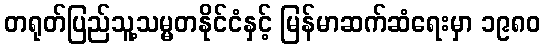
တရုတ်ပြည်သူ့သမ္မတနိုင်ငံနှင့် မြန်မာဆက်ဆံရေးမှာ ၁၉၈၀